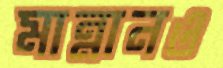
মান্নানও